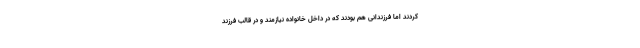
کردند اما فرزندانی هم بودند که در داخل خانواده نیازمند و در قالب فرزند